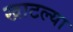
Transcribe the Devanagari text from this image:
खाटल्या